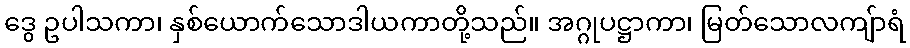
ဒွေ ဥပါသကာ၊ နှစ်ယောက်သောဒါယကာတို့သည်။ အဂ္ဂုပဋ္ဌာကာ၊ မြတ်သောလကျ်ာရံ